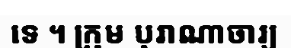
ទេ ។ ក្រុម បុរាណាចារ្យ